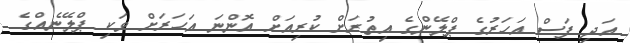
އަދި ފަސް އަހަރުގެ ޕްލޭންގެ އިތުރަށް ކުރިއަށް އޮންނަ އަހަރަށް ވަކި ޕްލޭނެއްގެ